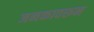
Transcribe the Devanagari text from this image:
जनकावरून